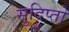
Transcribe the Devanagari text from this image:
सुदिप्तो